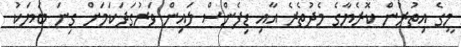
މީގެ އިތުރުން ކޮރެޔާގެ މެދުތެރެ އާއި ޑިފެންސް ލައިން ވަރުގަދަކަމަށް ގިނަ ބަޔަކު